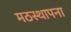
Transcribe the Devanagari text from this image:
मठस्थापना